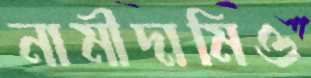
নামীদামিও